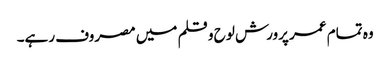
وہ تمام عمر پرورش لوح و قلم میں مصروف رہے۔